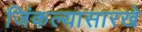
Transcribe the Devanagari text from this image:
जिंकल्यासारखे